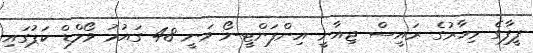
ފީފާގެ މިހާރުގެ ރައީސް ޖިއާނީ އިންފަންޓީނޯ ވަނީ 48 ގައުމު ވޯލްޑް ކަޕުގައި